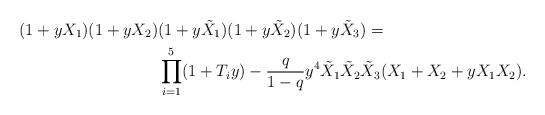
LaTeX: \begin{align*} (1+yX_1)(1+yX_2)& (1+y\tilde{X}_1)(1+y\tilde{X}_2)(1+y\tilde{X}_3)= \\ &\prod_{i=1}^5 (1+T_i y) - \frac{q}{1-q} y^{4}\tilde{X}_1 \tilde{X}_2 \tilde{X}_3 (X_1+X_2 + y X_1 X_2) \/. \end{align*}